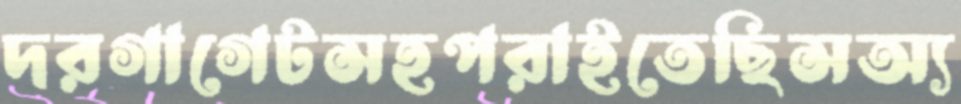
দরগাগেটসহপরাইতেছিসঅ্য